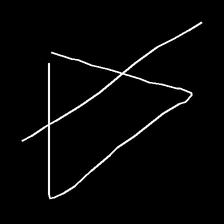
Glyph: empower